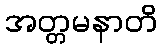
အတ္တမနာတိ